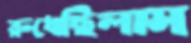
রুধেছিলাম